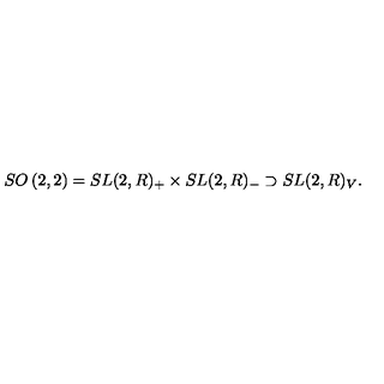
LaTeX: { S O } \left( 2 , 2 \right) = { S L } ( 2 , R ) _ { + } \times { S L } ( 2 , R ) _ { - } \supset { S L } ( 2 , R ) _ { V } .